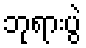
ဘုရားပွဲ